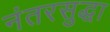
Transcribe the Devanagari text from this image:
नंतरसुद्धा